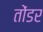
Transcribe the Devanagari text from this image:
तोंडर